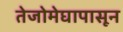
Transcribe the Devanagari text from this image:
तेजोमेघापासून